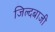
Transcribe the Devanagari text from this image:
जिल्दबाजी